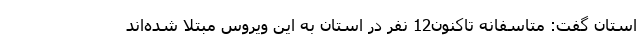
استان گفت: متاسفانه تاکنون12 نفر در استان به این ویروس مبتلا شده‌اند